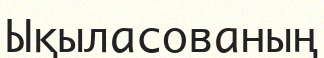
Ықыласованың